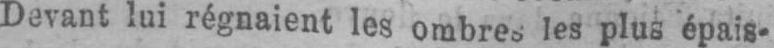
les plus épais-